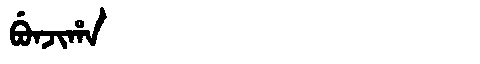
Manchu: ᠪᡠᠨᠵᡳᡥᠠ
Romanization: BUNJIHA